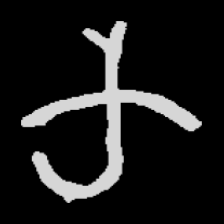
Pyu character \u2014 Myanmar letter: က (romanized: ka)